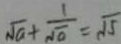
\sqrt { a } + \frac { 1 } { \sqrt { a } } = \sqrt { 5 }